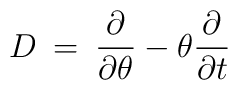
D \> = \>\frac{\partial}{\partial \theta} - \theta \frac{\partial}{\partial t}